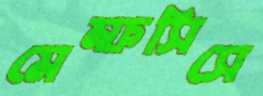
মেম্ফসিসে